Indian journal of veterinary science and animal husbandry - Volumes 15-17, 1948-1951
Year: 1948
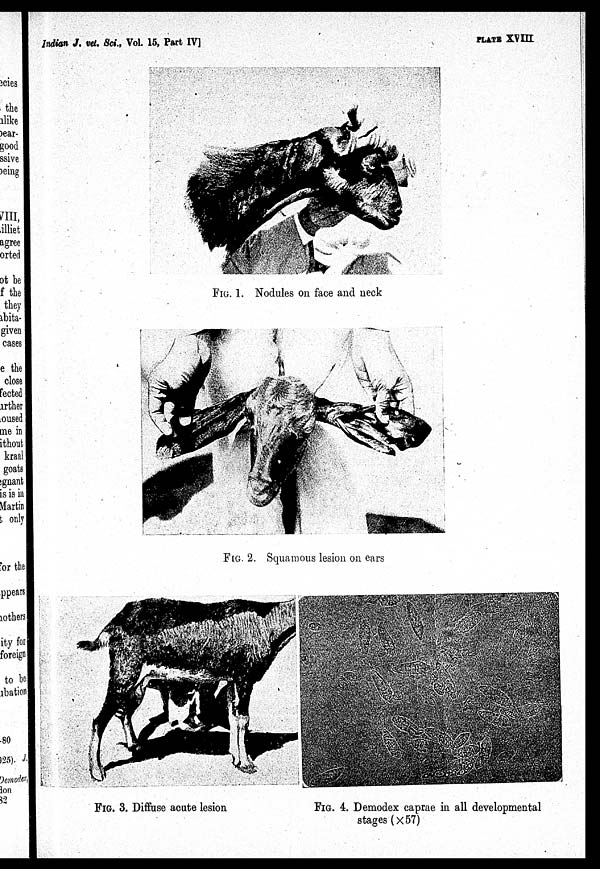
Indian J. vet. Sci., Vol. 15, Part IV]
PLATS XVIII
FIG. 1. Nodules on face and neck
FIG. 2. Squamous lesion on ears
FIG. 3. Diffuse acute lesion
FIG. 4. Demodex caprae in all developmental
stages (×57)